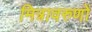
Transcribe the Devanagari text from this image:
मित्रावरुणों